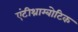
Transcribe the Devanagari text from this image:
एंटीथ्राम्बोटिक